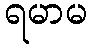
ရမာမ